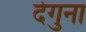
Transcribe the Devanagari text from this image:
देगुना